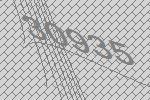
30935